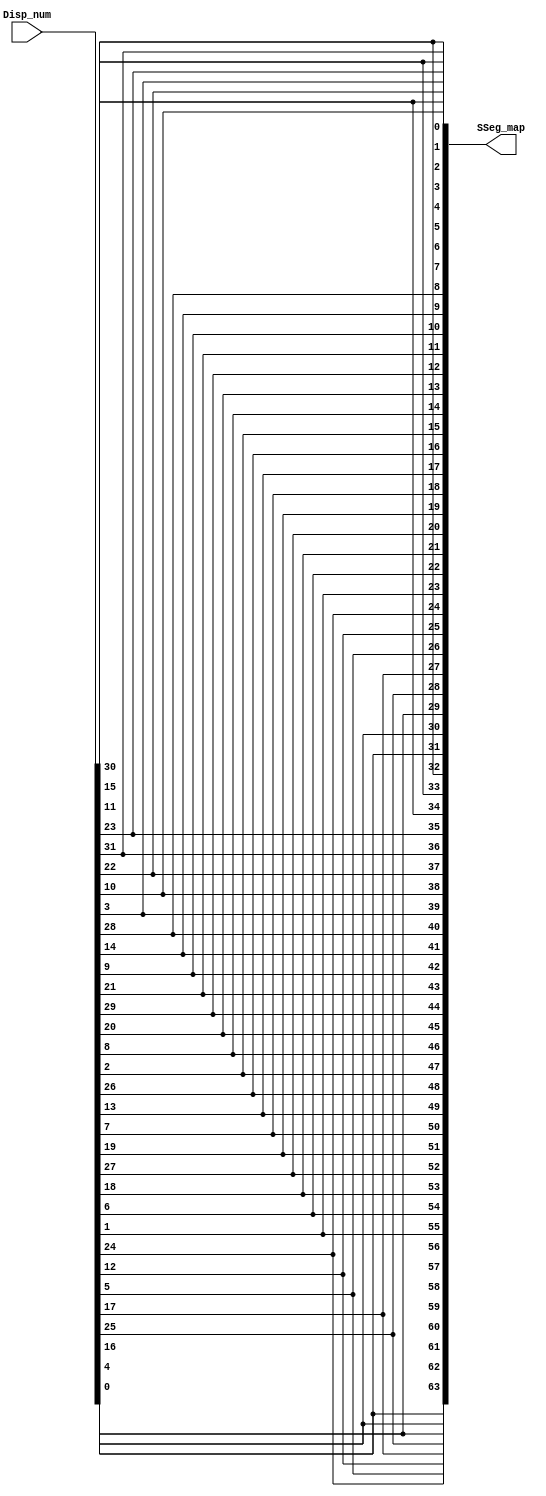
`timescale 1ns / 1ps
//////////////////////////////////////////////////////////////////////////////////
// Company: 
// Engineer: 
// 
// Design Name: 
// Module Name:    Seg_Map 
// Project Name: 
// Target Devices: 
// Tool versions: 
// Description: 
//
// Dependencies: 
//
// Revision: 
// Revision 0.01 - File Created
// Additional Comments: 
//
//////////////////////////////////////////////////////////////////////////////////
module Seg_map(input[63:0]Disp_num, 
                output[63:0]SSeg_map
					 );

   assign SSeg_map = {Disp_num[0], Disp_num[4],  Disp_num[16], Disp_num[25], Disp_num[17], Disp_num[5],  Disp_num[12], Disp_num[24], 							 
							Disp_num[1], Disp_num[6],  Disp_num[18], Disp_num[27], Disp_num[19], Disp_num[7],  Disp_num[13], Disp_num[26], 
							Disp_num[2], Disp_num[8],  Disp_num[20], Disp_num[29], Disp_num[21], Disp_num[9],  Disp_num[14], Disp_num[28], 
							Disp_num[3], Disp_num[10], Disp_num[22], Disp_num[31], Disp_num[23], Disp_num[11], Disp_num[15], Disp_num[30],
							                                                                                   
							Disp_num[0], Disp_num[4],  Disp_num[16], Disp_num[25], Disp_num[17], Disp_num[5],  Disp_num[12], Disp_num[24], 
							Disp_num[1], Disp_num[6],  Disp_num[18], Disp_num[27], Disp_num[19], Disp_num[7],  Disp_num[13], Disp_num[26], 
							Disp_num[2], Disp_num[8],  Disp_num[20], Disp_num[29], Disp_num[21], Disp_num[9],  Disp_num[14], Disp_num[28], 
							Disp_num[3], Disp_num[10], Disp_num[22], Disp_num[31], Disp_num[23], Disp_num[11], Disp_num[15], Disp_num[30]};
	
   
endmodule